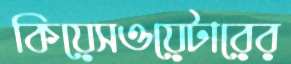
কিয়েসওয়েটারের